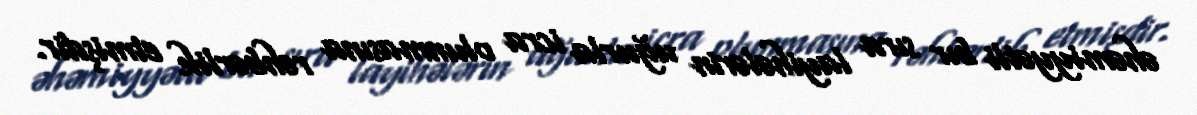
əhəmiyyətli bır sıra layihələrin uğurla icra olunmasına rəhbərlik etmişdir.